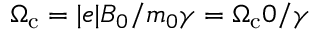
\Omega _ { \mathrm { c } } = \vert e \vert B _ { 0 } / m _ { 0 } \gamma = \Omega _ { \mathrm { c } } 0 / \gamma